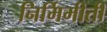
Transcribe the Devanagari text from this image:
निर्मिमीती